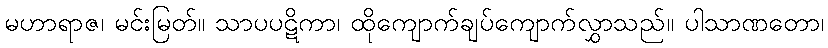
မဟာရာဇ၊ မင်းမြတ်။ သာပပဋိကာ၊ ထိုကျောက်ချပ်ကျောက်လွှာသည်။ ပါသာဏတော၊